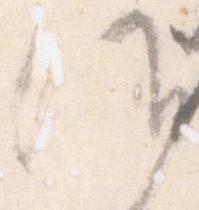
候